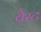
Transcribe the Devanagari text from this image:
ब्रैस्ट